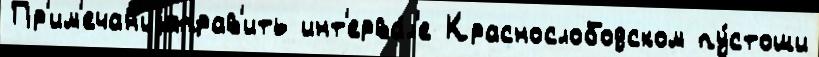
Пр'им'ечан'иjаправ'ить инт'ерва́л'е Краснослободском пу́стоши